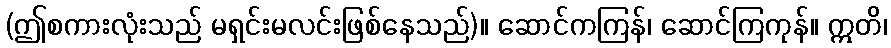
(ဤစကားလုံးသည် မရှင်းမလင်းဖြစ်နေသည်)။ ဆောင်ကကြန်၊ ဆောင်ကြကုန်။ ဣတိ၊